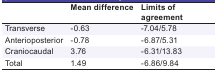
<table><thead><tr><td></td><td><b>Mean difference</b></td><td><b>Limits of agreement</b></td></tr></thead><tbody><tr><td> Transverse </td><td> -0.63 </td><td> -7.04/5.78 </td></tr><tr><td> Anterioposterior </td><td> -0.78 </td><td> -6.87/5.31 </td></tr><tr><td> Craniocaudal </td><td> 3.76 </td><td> -6.31/13.83 </td></tr><tr><td> Total </td><td> 1.49 </td><td> -6.86/9.84 </td></tr></tbody></table>